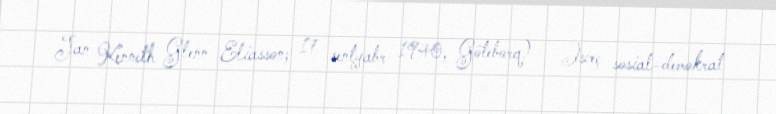
Jan Kenneth Glenn Eliasson; 17 sentyabr 1940, Göteborq) — İsveç sosial-demokrat